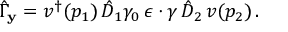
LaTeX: \hat { \Gamma } _ { \bf y } = v ^ { \dagger } ( p _ { 1 } ) \, \hat { D } _ { 1 } \gamma _ { 0 } \, \epsilon \cdot \gamma \, \hat { D } _ { 2 } \, v ( p _ { 2 } ) \, .